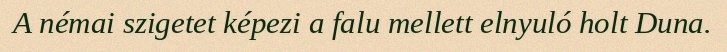
A némai szigetet képezi a falu mellett elnyuló holt Duna.